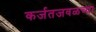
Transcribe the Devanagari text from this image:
कर्जतजवळच्या